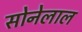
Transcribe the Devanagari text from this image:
सोनेलाल